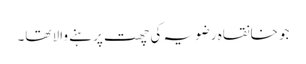
جو خانقاہ رضویہ کی چھت پر ہنے والا تھا۔